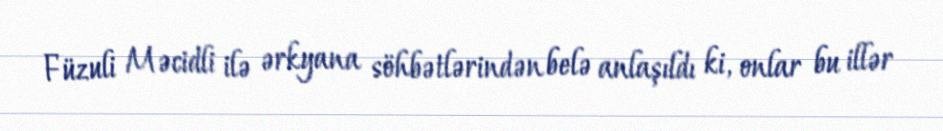
Füzuli Məcidli ilə ərkyana söhbətlərindən belə anlaşıldı ki, onlar bu illər